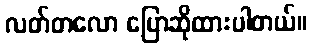
လတ်တလော ပြောဆိုထားပါတယ်။